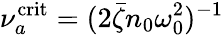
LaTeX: \nu_{a}^{\mathrm{crit}}=(2\bar{\zeta}n_{0}\omega_{0}^{2})^{-1}